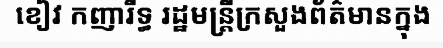
ខៀវ កញារីទ្ធ រដ្ឋមន្ត្រីក្រសួងព័ត៌មានក្នុង